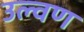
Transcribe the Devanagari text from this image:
उल्वण